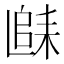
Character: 𲉐